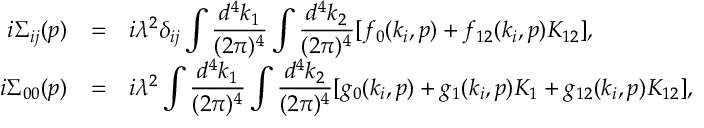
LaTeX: \begin{array} { r c l } { { i \Sigma _ { i j } ( p ) } } & { { = } } & { { \displaystyle i \lambda ^ { 2 } \delta _ { i j } \int \frac { d ^ { 4 } k _ { 1 } } { ( 2 \pi ) ^ { 4 } } \int \frac { d ^ { 4 } k _ { 2 } } { ( 2 \pi ) ^ { 4 } } [ f _ { 0 } ( k _ { i } , p ) + f _ { 1 2 } ( k _ { i } , p ) K _ { 1 2 } ] , } } \\ { { i \Sigma _ { 0 0 } ( p ) } } & { { = } } & { { \displaystyle i \lambda ^ { 2 } \int \frac { d ^ { 4 } k _ { 1 } } { ( 2 \pi ) ^ { 4 } } \int \frac { d ^ { 4 } k _ { 2 } } { ( 2 \pi ) ^ { 4 } } [ g _ { 0 } ( k _ { i } , p ) + g _ { 1 } ( k _ { i } , p ) K _ { 1 } + g _ { 1 2 } ( k _ { i } , p ) K _ { 1 2 } ] , } } \end{array}